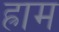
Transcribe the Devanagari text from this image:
ह्राम